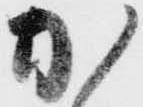
加